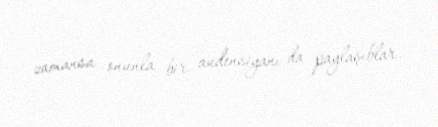
zamansa onunla bir audensiyanı da paylaşıblar.